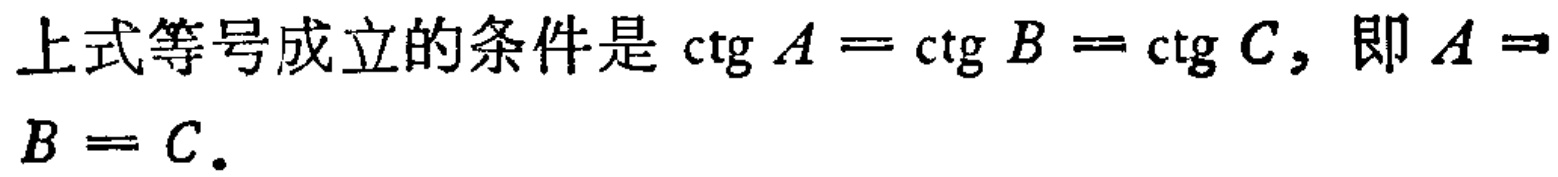
上式等号成立的条件是\(\mathrm{ctg}\,A = \mathrm{ctg}\,B = \mathrm{ctg}\,C\)，即\(A = B = C\)。